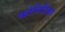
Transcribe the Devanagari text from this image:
कोनिडिया